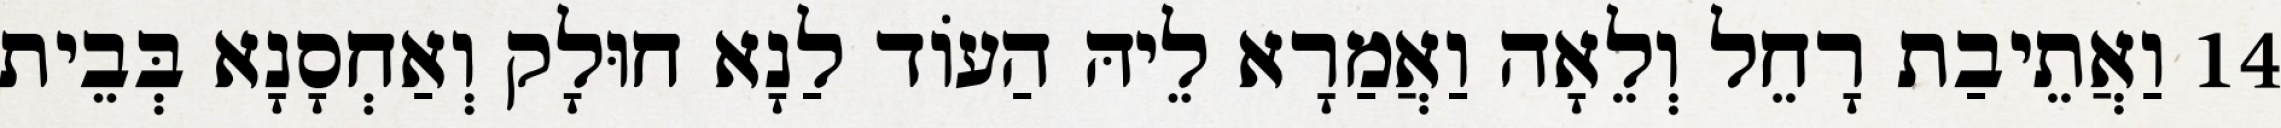
14 וַאֲתֵיבַת רָחֵל וְלֵאָה וַאֲמַרָא לֵיהּ הַעוֹד לַנָא חוּלָק וְאַחְסָנָא בְּבֵית